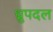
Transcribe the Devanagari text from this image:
ध्रुपदल